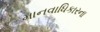
માનવાધિકારના